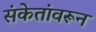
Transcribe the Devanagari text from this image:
संकेतांवरून